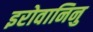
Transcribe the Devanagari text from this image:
इरोवानिनु